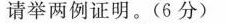
请举两例证明。(6分)